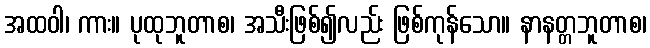
အထဝါ၊ ကား။ ပုထုဘူတာစ၊ အသီးဖြစ်၍လည်း ဖြစ်ကုန်သော။ နာနတ္တဘူတာစ၊